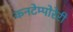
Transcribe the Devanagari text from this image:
कनटेम्पोरेरी